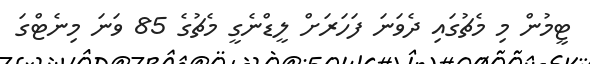
ޓީމުން މި މެޗުގައި ދެވަނަ ފަހަރަށް ލީޑްނެގީ މެޗުގެ 85 ވަނަ މިނެޓްގަ